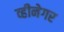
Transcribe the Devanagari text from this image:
व्हीनेगर